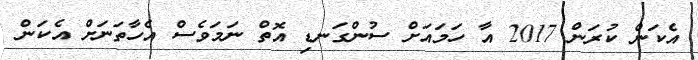
އެކަން ކުރަން 2017 އާ ހަމައަށް ސުންގަނޑި އޮތް ނަމަވެސް އެހާތަނަށް އެކަން